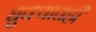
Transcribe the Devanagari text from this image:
धुक्यातही